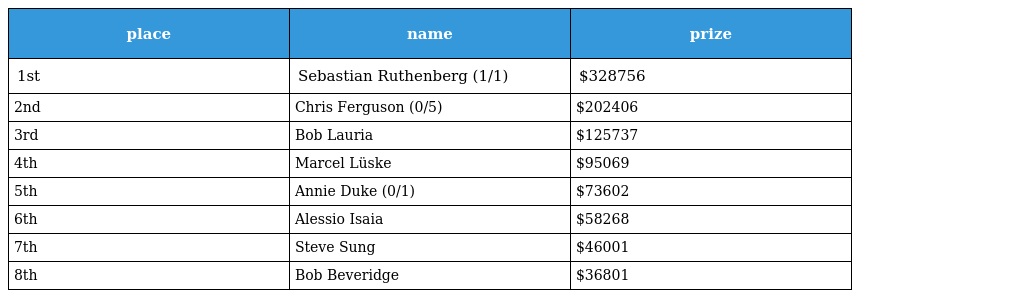
| place | name | prize |
 | --- | --- | --- |
 | 1st | Sebastian Ruthenberg (1/1) | $328756 |
 | 2nd | Chris Ferguson (0/5) | $202406 |
 | 3rd | Bob Lauria | $125737 |
 | 4th | Marcel Lüske | $95069 |
 | 5th | Annie Duke (0/1) | $73602 |
 | 6th | Alessio Isaia | $58268 |
 | 7th | Steve Sung | $46001 |
 | 8th | Bob Beveridge | $36801 |